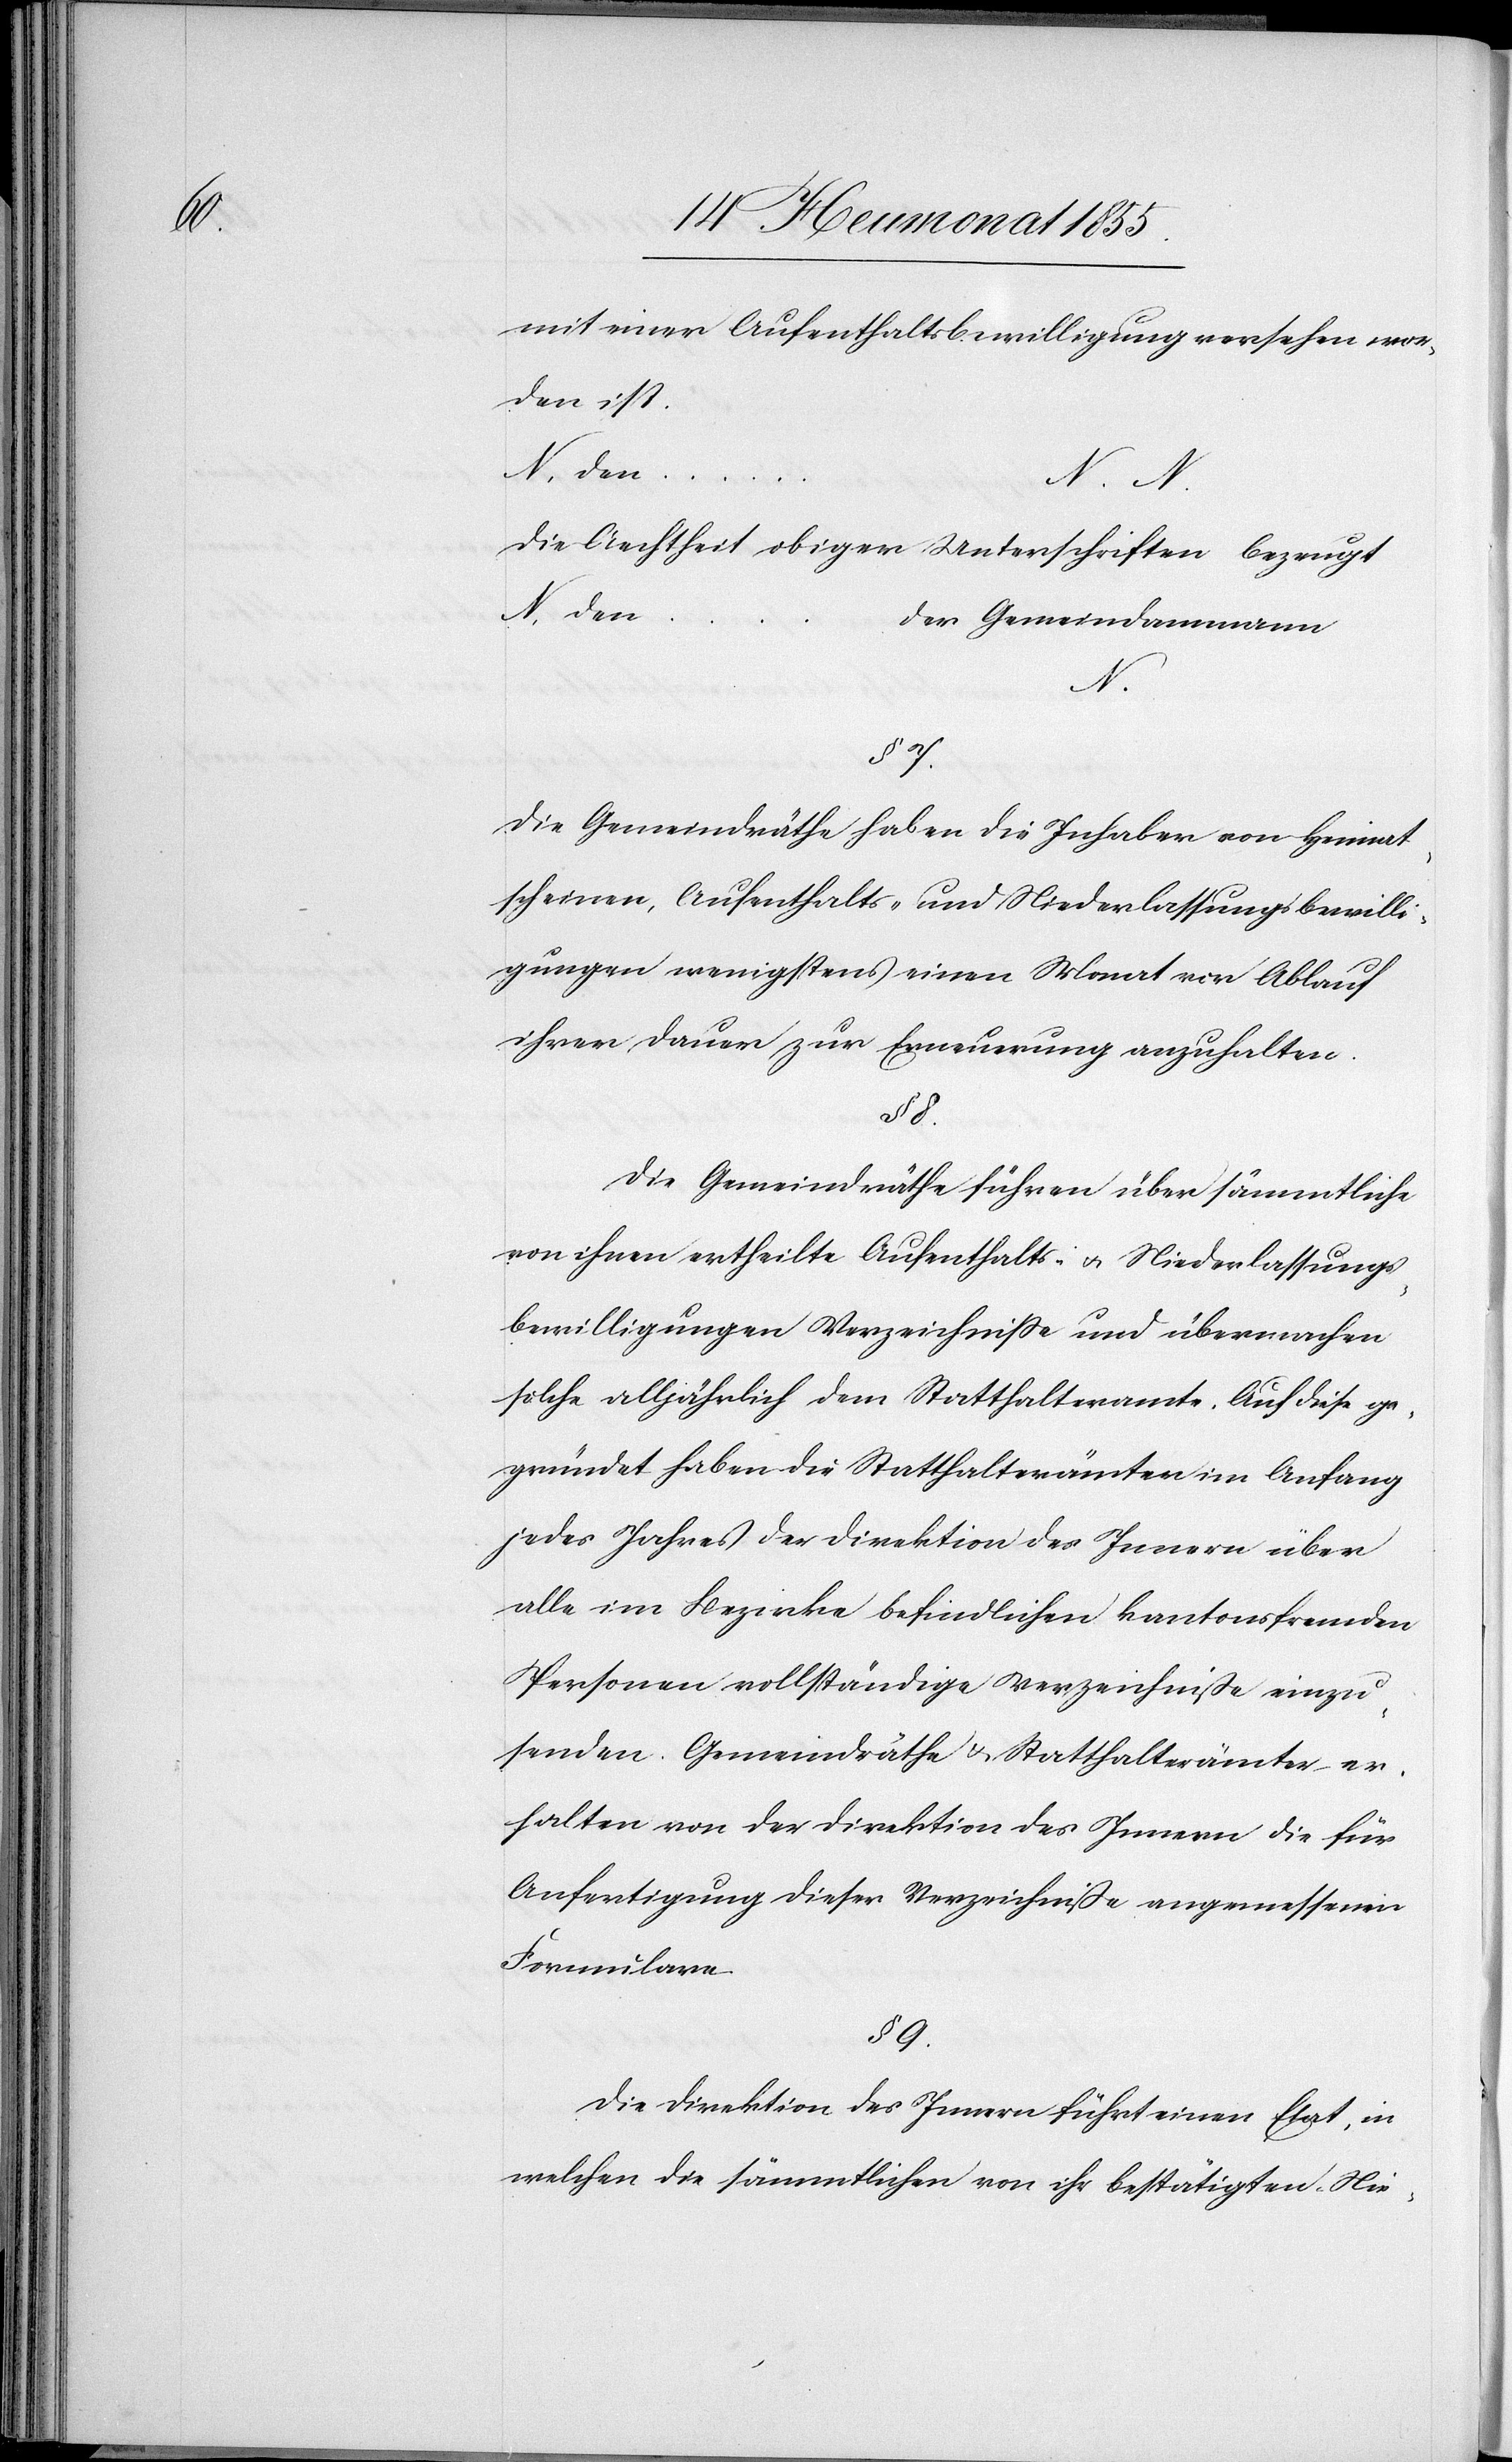
mit einer Aufenthaltsbewilligung versehen wor¬
den ist.
N. den …
Die Aechtheit obiger Unterschriften bezeugt
N. den …
Der Gemeindammann
N.
§ 7.
Die Gemeindräthe haben die Inhaber von Heimat¬
scheinen, Aufenthalts- und Niederlassungsbewilli¬
gungen wenigstens einen Monat vor Ablauf
ihrer Dauer zur Erneuerung anzuhalten.
§ 8.
Die Gemeindräthe führen über sämmtliche
von ihnen ertheilte Aufenthalts- & Niederlassungs¬
bewilligungen Verzeichnisse und übermachen
solche alljährlich dem Statthalteramte. Auf diese ge¬
gründet haben die Statthalterämter im Anfang
jedes Jahres der Direktion des Innern über
alle im Bezirke befindlichen kantonsfremden
Personen vollständige Verzeichniße einzu¬
senden. Gemeindräthe & Statthalterämter er¬
halten von der Direktion des Innern die für
Anfertigung dieser Verzeichniße angemessenen
Formulare.
§ 9.
Die Direktion des Innern führt einen Etat, in
welchen die sämmtlichen von ihr bestätigten Nie-